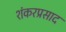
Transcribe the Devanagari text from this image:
शंकरप्रसाद